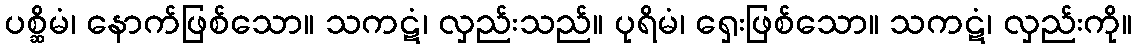
ပစ္ဆိမံ၊ နောက်ဖြစ်သော။ သကဋံ၊ လှည်းသည်။ ပုရိမံ၊ ရှေးဖြစ်သော။ သကဋံ၊ လှည်းကို။